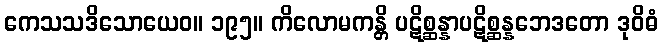
ကေသသဒိသောယေဝ။ ၁၉၅။ ကိလောမကန္တိ ပဋိစ္ဆန္နာပဋိစ္ဆန္နဘေဒတော ဒုဝိဓံ